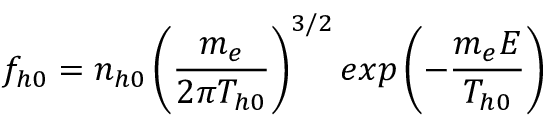
f _ { h 0 } = n _ { h 0 } \left( \frac { m _ { e } } { 2 \pi T _ { h 0 } } \right) ^ { 3 / 2 } e x p \left( - \frac { m _ { e } E } { T _ { h 0 } } \right)